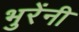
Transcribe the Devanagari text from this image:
भुरेंनी